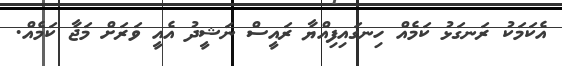
އެކަމަކު ރަނގަޅު ކަމެއް ހިނގައިފިއްޔާ ރައީސް ނަޝީދު އެއީ ވަރަށް މަޖާ ކަމެއް.